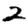
Digit: 2